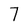
Character: 7